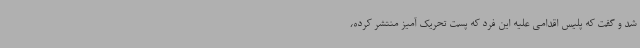
شد و گفت که پلیس اقدامی علیه این فرد که پست تحریک آمیز منتشر کرده،